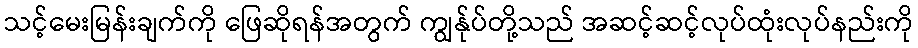
သင့်မေးမြန်းချက်ကို ဖြေဆိုရန်အတွက် ကျွန်ုပ်တို့သည် အဆင့်ဆင့်လုပ်ထုံးလုပ်နည်းကို